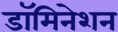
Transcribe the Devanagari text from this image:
डॉमिनेशन